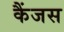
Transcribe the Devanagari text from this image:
कैंजस